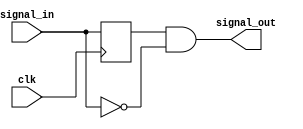
`timescale 1ns / 1ps
//////////////////////////////////////////////////////////////////////////////////
// Company: 
// Engineer: 
// 
// Design Name: 
// Module Name:    falling_edge 
// Project Name: 
// Target Devices: 
// Tool versions: 
// Description: 
//
// Dependencies: 
//
// Revision: 
// Revision 0.01 - File Created
// Additional Comments: 
//
//////////////////////////////////////////////////////////////////////////////////
module falling_edge(
	clk,               
	signal_in,   
	signal_out       
    );

input clk;
input signal_in;
output signal_out;

reg  signal_d;

always@(posedge clk)begin
	signal_d <= signal_in;
	
end
assign signal_out = (signal_d) && (!signal_in);
endmodule